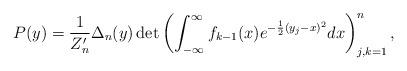
LaTeX: \begin{align*} P(y) = \frac{1}{Z_n' } \Delta_n(y)\det \left( \int_{-\infty}^{\infty} f_{k - 1}(x) e^{-\frac{1}{2}(y_j - x)^2} dx \right)^n_{j, k = 1},\end{align*}